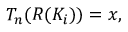
T _ { n } ( R ( K _ { i } ) ) = x ,